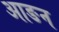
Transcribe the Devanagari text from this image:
आङन